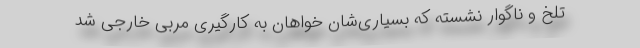
تلخ و ناگوار نشسته که بسیاری‌شان خواهان به کار‌گیری مربی خارجی شد